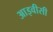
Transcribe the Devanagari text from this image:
आइवीसी